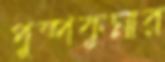
পুষ্পকুমার